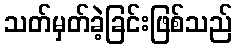
သတ်မှတ်ခဲ့ခြင်းဖြစ်သည်